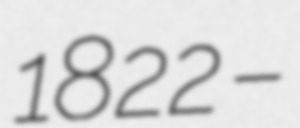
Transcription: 1822 –